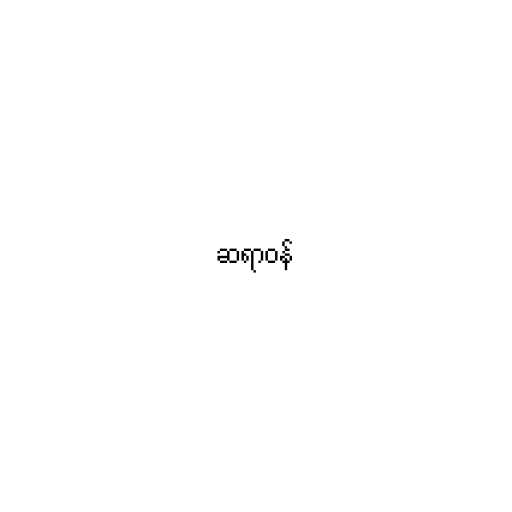
ဆရာဝန်